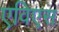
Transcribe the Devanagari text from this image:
एविएस